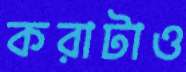
করাটাও